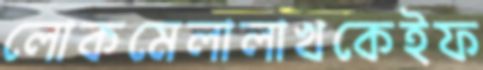
লোকমেলালাখকেইফ